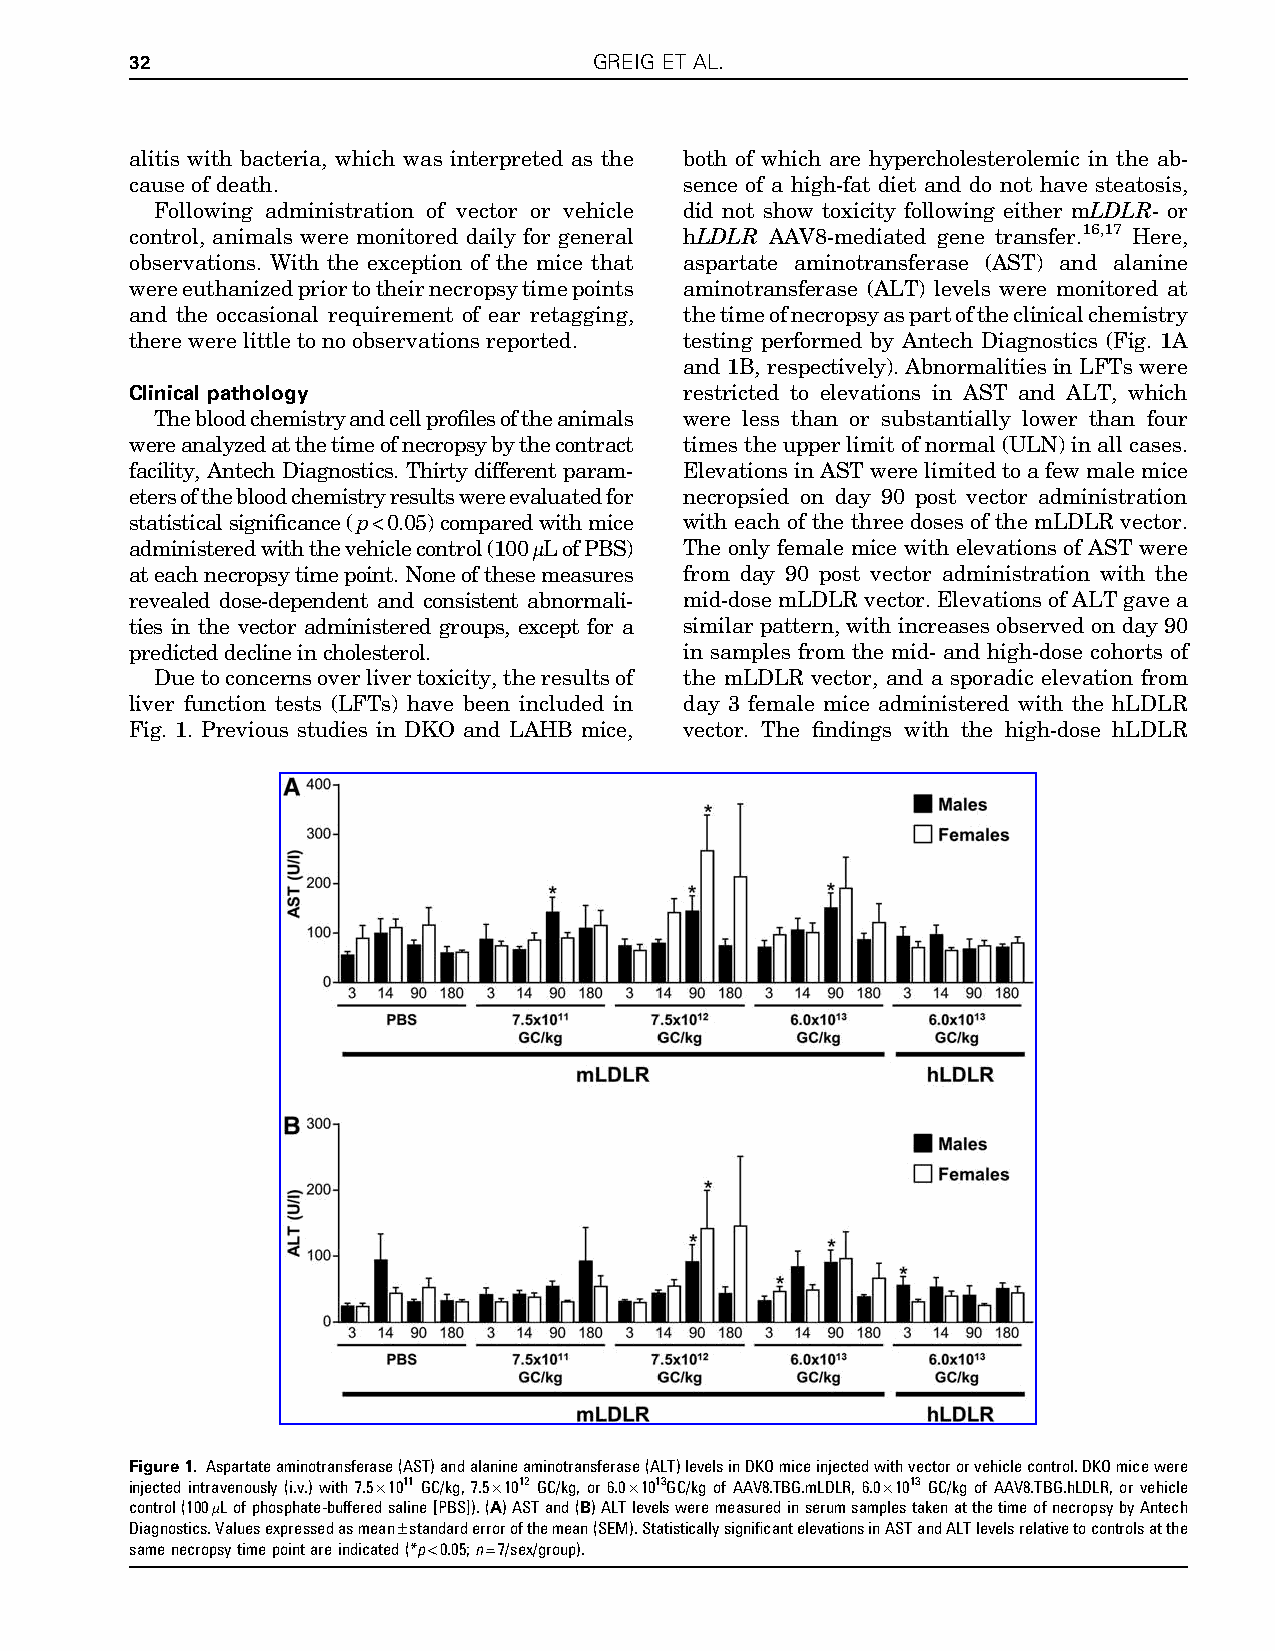
32                            GREIG ET AL.
 alitis with bacteria, which was interpreted as the both of which are hypercholesterolemic in the ab-
 causeofdeath.                       sence of a high-fat diet and do not have steatosis,
 Following administration of vector or vehicle did not show toxicity following either mLDLR- or
 control, animals were monitored daily for general hLDLR AAV8-mediated gene transfer.16,17 Here,
 observations. With the exception of the mice that aspartate aminotransferase (AST) and alanine
 wereeuthanizedpriortotheirnecropsytimepoints aminotransferase (ALT) levels were monitored at
 and the occasional requirement of ear retagging, thetimeofnecropsyaspartoftheclinicalchemistry
 therewerelittletonoobservationsreported. testing performed by Antech Diagnostics (Fig. 1A
 and 1B, respectively).Abnormalitiesin LFTswere
 Clinical pathology                  restricted to elevations in AST and ALT, which
 Thebloodchemistryandcellprofilesoftheanimals were less than or substantially lower than four
 wereanalyzedatthetimeofnecropsybythecontract timestheupperlimitofnormal(ULN)inallcases.
 facility, Antech Diagnostics. Thirty different param- ElevationsinASTwerelimitedtoafewmalemice
 etersofthebloodchemistryresultswereevaluatedfor necropsied on day 90 post vector administration
 statisticalsignificance(p<0.05)comparedwithmice with each of the three doses of the mLDLR vector.
 administeredwiththevehiclecontrol(100lLofPBS) The only female mice with elevations of AST were
 ateachnecropsytimepoint.Noneofthesemeasures from day 90 post vector administration with the
 revealed dose-dependent and consistent abnormali- mid-dosemLDLRvector.ElevationsofALTgavea
 ties in the vector administered groups, except for a similarpattern,withincreasesobservedonday90
 predicteddeclineincholesterol.      in samples from the mid- and high-dose cohorts of
 Duetoconcernsoverlivertoxicity,theresultsof the mLDLR vector, and a sporadic elevation from
 liver function tests (LFTs) have been included in day 3 female mice administered with the hLDLR
 Fig. 1. Previous studies in DKO and LAHB mice, vector. The findings with the high-dose hLDLR
 Figure1. Aspartateaminotransferase(AST)andalanineaminotransferase(ALT)levelsinDKOmiceinjectedwithvectororvehiclecontrol.DKOmicewere
 injected intravenously (i.v.) with 7.5·1011 GC/kg, 7.5·1012 GC/kg, or 6.0·1013GC/kg of AAV8.TBG.mLDLR, 6.0·1013 GC/kg of AAV8.TBG.hLDLR, or vehicle
 control(100lLofphosphate-bufferedsaline[PBS]).(A)ASTand(B)ALTlevelsweremeasuredinserumsamplestakenatthetimeofnecropsybyAntech
 Diagnostics.Valuesexpressedasmean–standarderrorofthemean(SEM).StatisticallysignificantelevationsinASTandALTlevelsrelativetocontrolsatthe
 samenecropsytimepointareindicated(*p<0.05;n=7/sex/group).